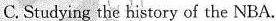
C. Studying the history of the NBA.